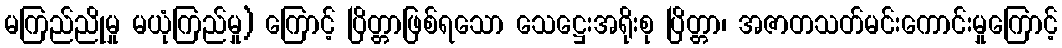
မကြည်ညိုမှု မယုံကြည်မှု) ကြောင့် ပြိတ္တာဖြစ်ရသော သေဋ္ဌေးအရိုးစု ပြိတ္တာ၊ အဇာတသတ်မင်းကောင်းမှုကြောင့်